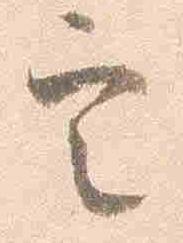
定